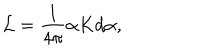
{ \cal L } = \frac { 1 } { 4 \pi } \alpha K d \alpha ,